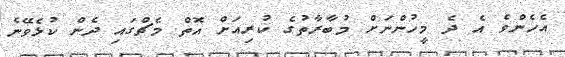
އެހެންވެ އެ ދެ މީހުންނަށް މުބާރާތުގެ ކުރިއަށް އޮތް މެޗްގައި ދެން ކުޅެވޭނެ